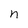
Character: n